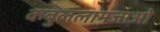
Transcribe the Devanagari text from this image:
कबुललामजाओ